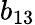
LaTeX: b_{13}